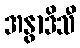
အနွာဒိသီ